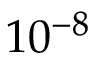
1 0 ^ { - 8 }